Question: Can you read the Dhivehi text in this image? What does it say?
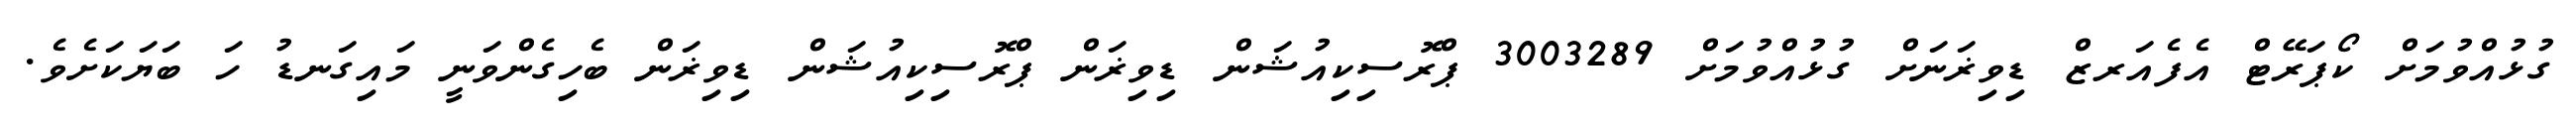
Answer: ގުޅުއްވުމަށް ކޯޕަރޭޓް އެފެއަރޒް ޑިވިޜަނަށް ގުޅުއްވުމަށް 3003289 ޕްރޮސިކިއުޝަން ޑިވިޜަން ޕްރޮސިކިއުޝަން ޑިވިޜަން ބެހިގެންވަނީ މައިގަނޑު ހަ ބަޔަކަށެވެ.